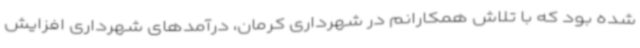
شده بود که با تلاش همکارانم در شهرداری کرمان، درآمدهای شهرداری افزایش